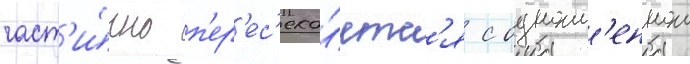
част'и́чно п'ер'ес'ека́етс'я с одноим'еннои